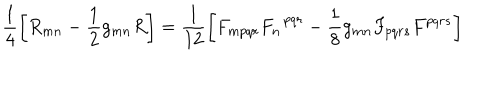
\frac { 1 } { 4 } \left[ R _ { m n } - \frac { 1 } { 2 } g _ { m n } R \right] = \frac { 1 } { 1 2 } \left[ F _ { m p q r } F _ { n } ^ { ~ ~ p q r } - \frac { 1 } { 8 } g _ { m n } F _ { p q r s } F ^ { p q r s } \right]